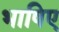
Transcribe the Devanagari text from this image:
भाषिए